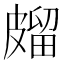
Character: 𭽱